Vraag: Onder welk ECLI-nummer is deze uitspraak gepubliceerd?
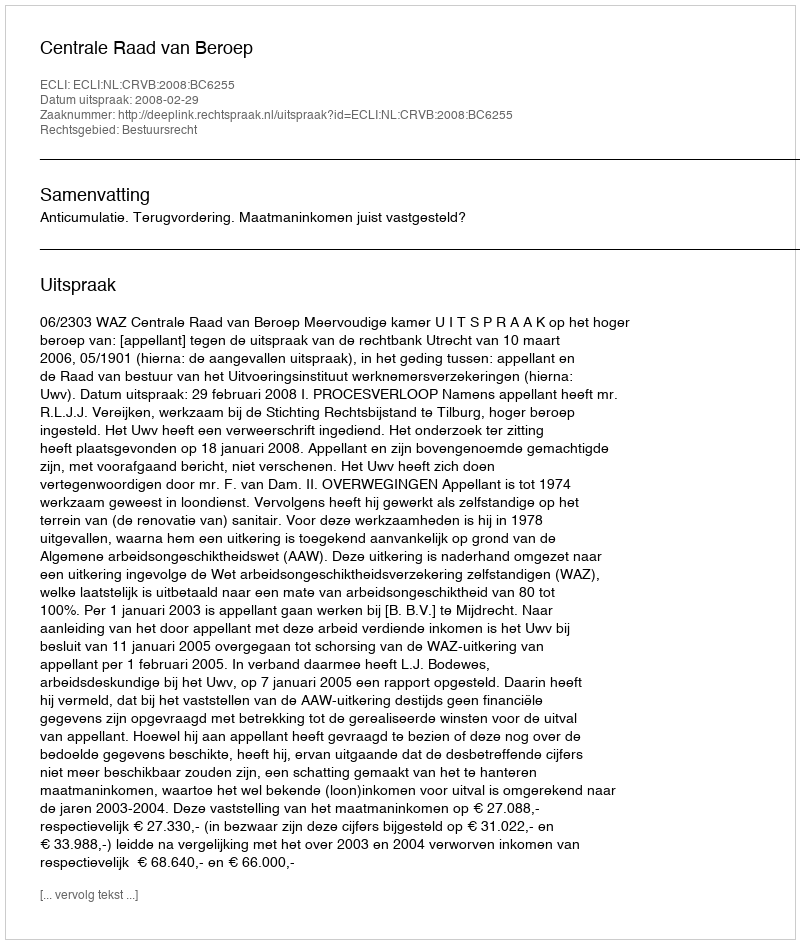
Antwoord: ECLI:NL:CRVB:2008:BC6255